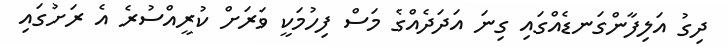
ދިގު އަލިފާންގަނޑެއްގައި ގިނަ އަދަދެއްގެ މަސް ފިހުމަކީ ވަރަށް ކުރީއްސުރެ އެ ރަށުގައި